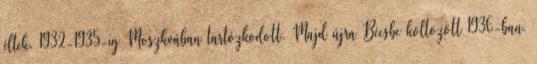
éltek. 1932-1935-ig Moszkvában tartózkodott. Majd újra Bécsbe költözött 1936-ban.